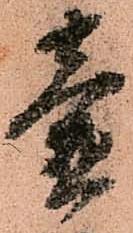
壺